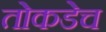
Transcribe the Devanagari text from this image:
तोकडेच